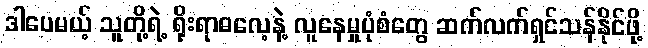
ဒါပေမယ့် သူတို့ရဲ့ ရိုးရာဓလေ့နဲ့ လူနေမှုပုံစံတွေ ဆက်လက်ရှင်သန်နိုင်ဖို့